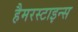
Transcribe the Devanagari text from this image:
हैमरस्टाइन्स